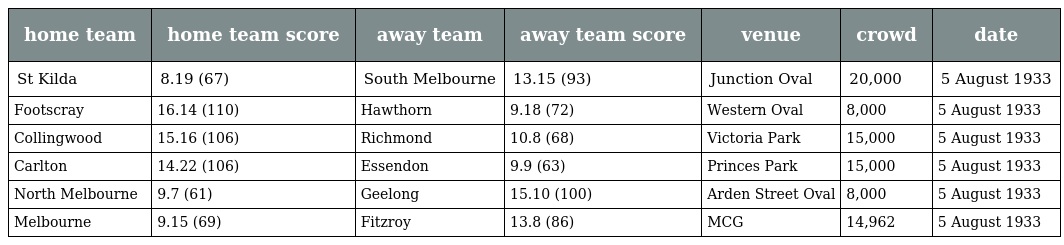
| home team | home team score | away team | away team score | venue | crowd | date |
 | --- | --- | --- | --- | --- | --- | --- |
 | St Kilda | 8.19 (67) | South Melbourne | 13.15 (93) | Junction Oval | 20,000 | 5 August 1933 |
 | Footscray | 16.14 (110) | Hawthorn | 9.18 (72) | Western Oval | 8,000 | 5 August 1933 |
 | Collingwood | 15.16 (106) | Richmond | 10.8 (68) | Victoria Park | 15,000 | 5 August 1933 |
 | Carlton | 14.22 (106) | Essendon | 9.9 (63) | Princes Park | 15,000 | 5 August 1933 |
 | North Melbourne | 9.7 (61) | Geelong | 15.10 (100) | Arden Street Oval | 8,000 | 5 August 1933 |
 | Melbourne | 9.15 (69) | Fitzroy | 13.8 (86) | MCG | 14,962 | 5 August 1933 |